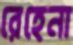
রেহেনা